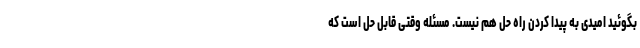
بگوئید امیدی به پیدا کردن راه حل هم نیست. مسئله وقتی قابل حل است که